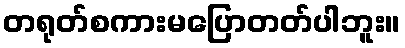
တရုတ်စကားမပြောတတ်ပါဘူး။